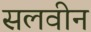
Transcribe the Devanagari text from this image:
सलवीन